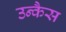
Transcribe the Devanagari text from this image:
उन्कैस